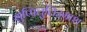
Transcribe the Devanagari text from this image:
शुप्पिलुलिउमाश